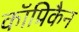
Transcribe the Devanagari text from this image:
कॉप्रिकैन